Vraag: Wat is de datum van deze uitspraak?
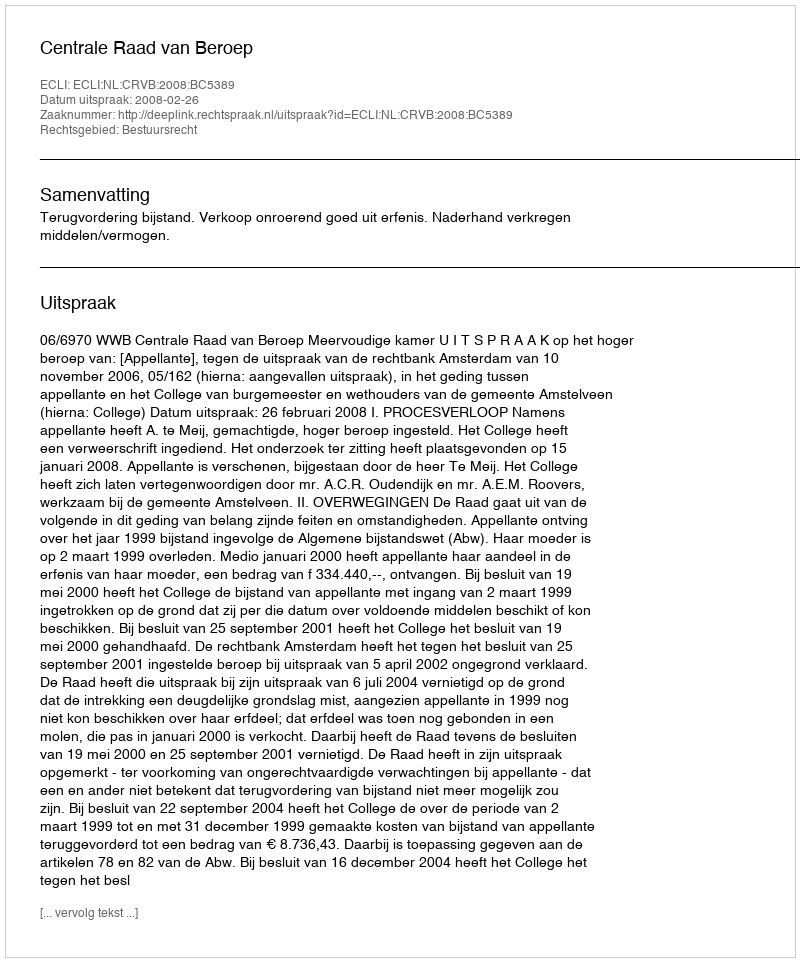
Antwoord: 2008-02-26